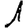
Digit: 1